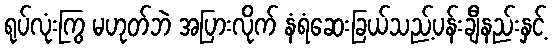
ရုပ်လုံးကြွ မဟုတ်ဘဲ အပြားလိုက် နံရံဆေးခြယ်သည့်ပန်းချီနည်းနှင့်